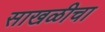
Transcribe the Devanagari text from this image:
साखळीचा